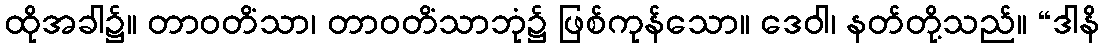
ထိုအခါ၌။ တာဝတိံသာ၊ တာဝတိံသာဘုံ၌ ဖြစ်ကုန်သော။ ဒေဝါ၊ နတ်တို့သည်။ “ဒါနိ